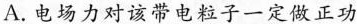
A.电场力对该带电粒子一定做正功